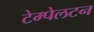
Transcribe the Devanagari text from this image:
टेम्पेलटन